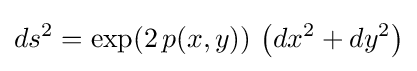
ds^{2}=\exp(2\,p(x,y))\,\left(dx^{2}+dy^{2}\right)